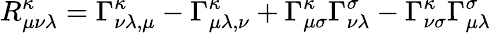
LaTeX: R_{\mu\nu\lambda}^{\kappa}=\Gamma_{{\nu\lambda},\mu}^{\kappa}-\Gamma_{{\mu\lambda},\nu}^{\kappa}+\Gamma_{\mu\sigma}^{\kappa}\Gamma_{\nu\lambda}^{\sigma}-\Gamma_{\nu\sigma}^{\kappa}\Gamma_{\mu\lambda}^{\sigma}